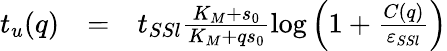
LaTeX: \begin{array}{rcl}{t_{u}(q)}&{=}&{t_{SSl}\frac{K_{M}+s_{0}}{K_{M}+qs_{0}}\log\left(1+\frac{C(q)}{\varepsilon_{SSl}}\right)}\end{array}